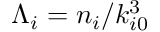
{ \Lambda _ { i } = n _ { i } / k _ { i 0 } ^ { 3 } }